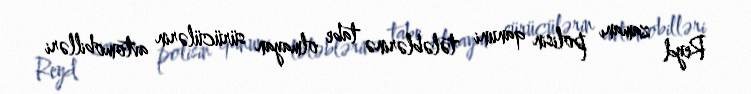
Reyd zamanı polisin qanuni tələblərinə tabe olmayan sürücülərin avtomobilləri